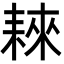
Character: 𦓹